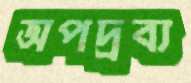
অপদ্রব্য